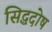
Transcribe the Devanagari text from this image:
सिद्धदोष